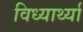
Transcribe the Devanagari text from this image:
विध्यार्थ्या